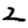
Digit: 2